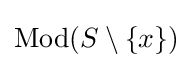
\operatorname {Mod} (S\setminus \{x\})